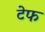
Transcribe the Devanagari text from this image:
टेफ